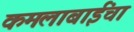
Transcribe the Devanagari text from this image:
कमलाबाईंचा